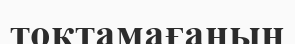
тоқтамағанын